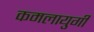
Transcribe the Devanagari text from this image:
कमलायुगी